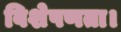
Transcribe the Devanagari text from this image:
विशेषणता।